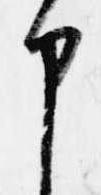
申